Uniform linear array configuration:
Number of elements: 64
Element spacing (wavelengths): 1
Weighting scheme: kaiser
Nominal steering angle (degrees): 0
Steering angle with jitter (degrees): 1.919
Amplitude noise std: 0.05
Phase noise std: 0.05

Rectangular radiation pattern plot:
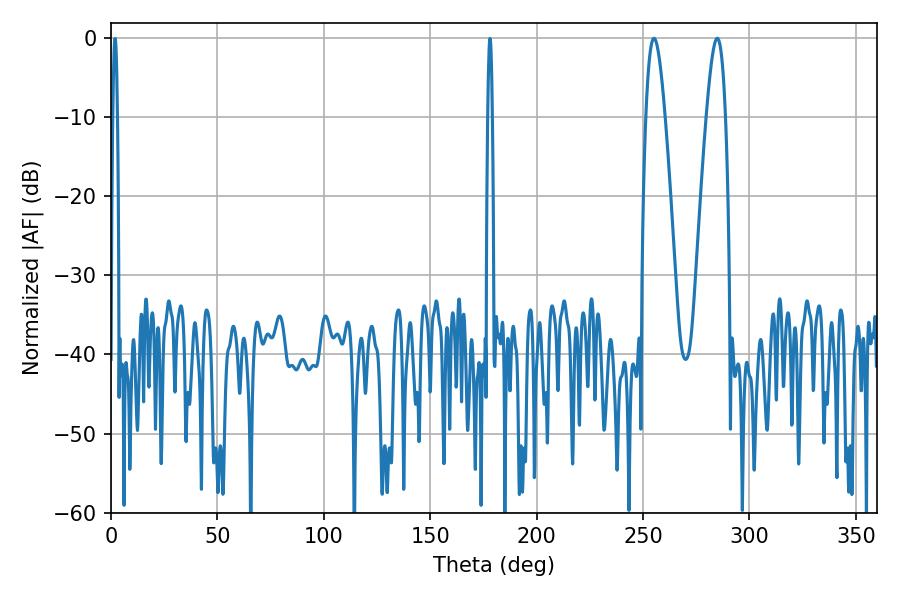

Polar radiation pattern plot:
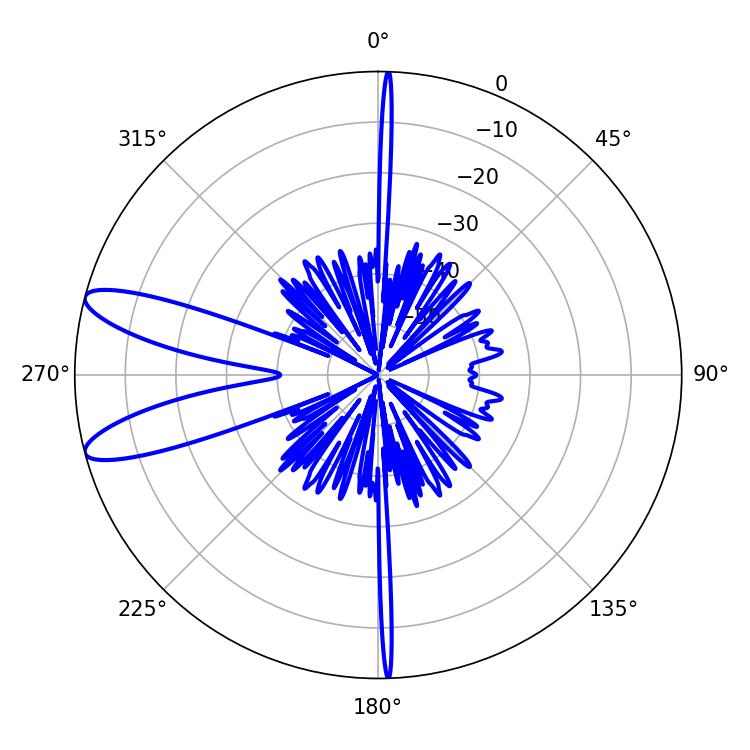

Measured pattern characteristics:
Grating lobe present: TRUE
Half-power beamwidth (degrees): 4.86
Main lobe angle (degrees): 255.06